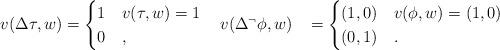
LaTeX: \begin{align*}v(\Delta\tau,w)&=\begin{cases}1&v(\tau,w)=1\\0&,\end{cases}&&v(\Delta^\neg\phi,w)&=\begin{cases}(1,0)&v(\phi,w)=(1,0)\\(0,1)&.\end{cases}\end{align*}